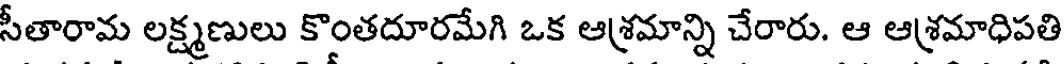
సీతారామ లక్ష్మణులు కొంతదూరమేగి ఒక ఆశ్రమాన్ని చేరారు. ఆ ఆశ్రమాధిపతి